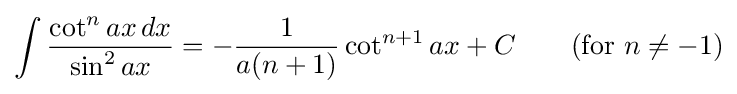
\int {\frac {\cot ^{n}ax\,dx}{\sin ^{2}ax}}=-{\frac {1}{a(n+1)}}\cot ^{n+1}ax+C\qquad {\mbox{(for }}n\neq -1{\mbox{)}}